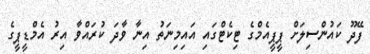
ފޭދޫ ކައުންސިލަށް ޕީޕީއެމްގެ ޓިކެޓްގައި އައިމިނަތު އިނާ ވާދަ ކުރައްވާ އިރު އެމްޑީޕީގެ